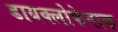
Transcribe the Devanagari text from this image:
डायक्लोफेनाक